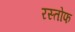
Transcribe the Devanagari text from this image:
रस्तोफ